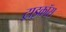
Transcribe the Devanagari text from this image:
ट्राइकॉस